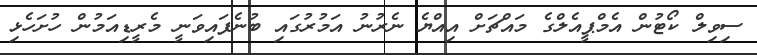
ސިވިލް ކޯޓުން އެމްޕީއެލްގެ މައްޗަށް އިއްޔެ ނެރުނު އަމުރުގައި ބުނެފައިވަނީ މެރީޑިއަމުން ހުށަހެޅި